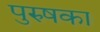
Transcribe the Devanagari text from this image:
पुरुषका